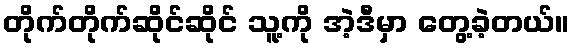
တိုက်တိုက်ဆိုင်ဆိုင် သူ့ကို အဲ့ဒီမှာ တွေ့ခဲ့တယ်။